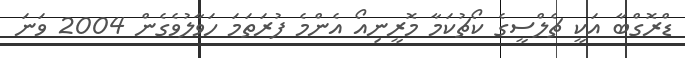
ޑްރޮގްބާ އަކީ ޗެލްސީގެ ކޯޗުކަމާ މޮރީނިއޯ އެންމެ ފުރަތަމަ ހަވާލުވެގެން 2004 ވަނަ